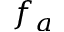
f _ { a }